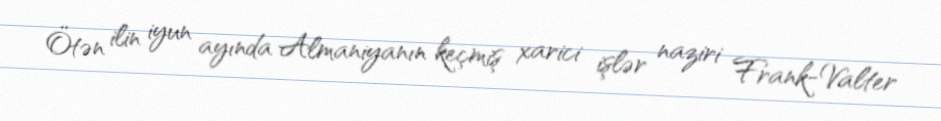
Ötən ilin iyun ayında Almaniyanın keçmiş xarici işlər naziri Frank-Valter